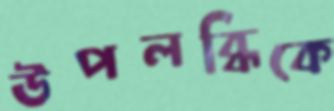
উপলব্ধিকে